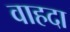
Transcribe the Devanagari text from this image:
वाहदा